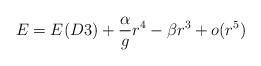
\begin{align*}E=E(D3)+\frac{\alpha}{g} r^4-\beta r^3+o(r^5)\end{align*}